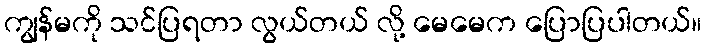
ကျွန်မကို သင်ပြရတာ လွယ်တယ် လို့ မေမေက ပြောပြပါတယ်။